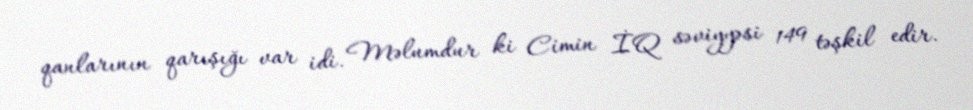
qanlarının qarışığı var idi. Məlumdur ki Cimin İQ səviyyəsi 149 təşkil edir.